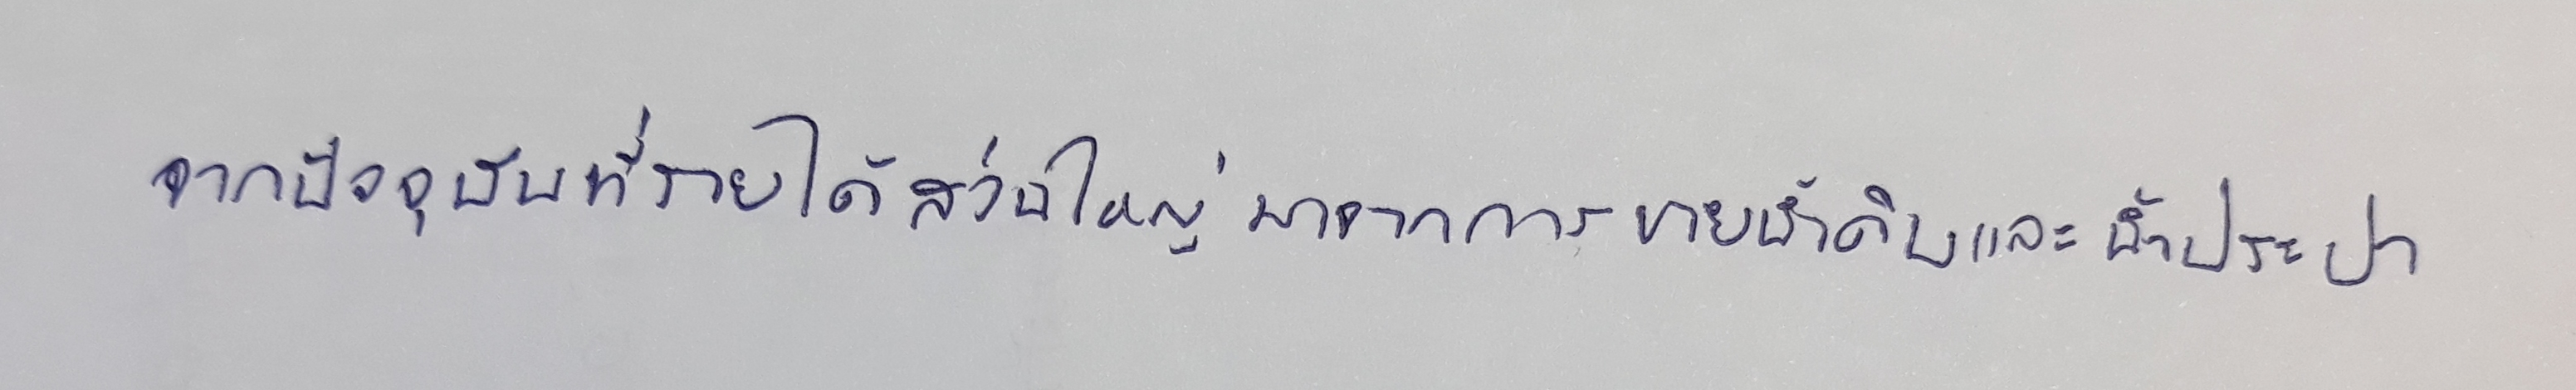
จากปัจจุบันที่รายได้ส่วนใหญ่มาจากการขายน้ำดิบและน้ำประปา